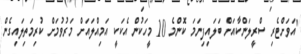
"އަވަށްޓެރި ސްރީލަންކާއަށް ބަލައިފިނަމަ ކޮންމެ 10 މީހަކުން އެކަކީ އަމިއްލައަށް މަރުވުމަށް ކުރިމަތިލައިގެން